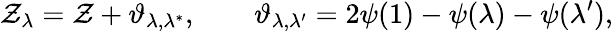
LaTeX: \mathcal{Z}_{\lambda}=\mathcal{Z}+\vartheta_{\lambda,\lambda^{*}},\qquad\vartheta_{\lambda,\lambda^{\prime}}=2\psi(1)-\psi(\lambda)-\psi(\lambda^{\prime}),